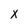
Character: X